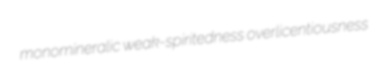
monomineralic weak-spiritedness overlicentiousness